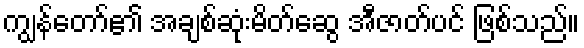
ကျွန်တော်၏ အချစ်ဆုံးမိတ်ဆွေ အီဇာတ်ပင် ဖြစ်သည်။